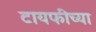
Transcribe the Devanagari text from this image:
टायफीच्या